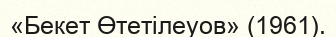
«Бекет Өтетілеуов» (1961).